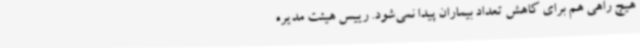
هیچ راهی هم برای کاهش تعداد بیماران پیدا نمی‌شود. رییس هیئت مدیره